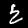
Digit: 2